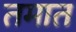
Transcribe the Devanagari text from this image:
तमात